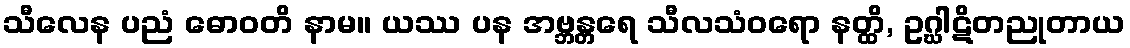
သီလေန ပညံ ဓောဝတိ နာမ။ ယဿ ပန အဗ္ဘန္တရေ သီလသံဝရော နတ္ထိ, ဥဂ္ဃါဋိတညုတာယ